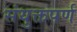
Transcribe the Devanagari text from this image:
संयुक्तपर्ण